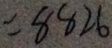
= 8 8 2 6